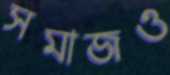
সমাজও